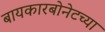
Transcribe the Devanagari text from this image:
बायकारबोनेटच्या